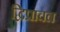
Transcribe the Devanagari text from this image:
द्विप्राचल